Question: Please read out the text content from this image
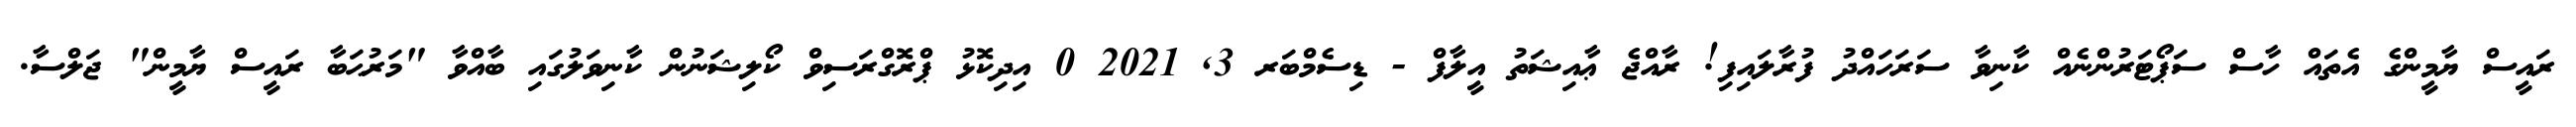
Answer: ރައީސް ޔާމީންގެ އެތައް ހާސް ސަޕޯޓަރުންނެއް ކާނިވާ ސަރަހައްދު ފުރާލައިފި! ރާއްޖެ ޢާއިޝަތު އީލާފް - ޑިސެމްބަރ 3, 2021 0 އިދިކޮޅު ޕްރޮގްރަސިވް ކޯލިޝަނުން ކާނިވަލުގައި ބާއްވާ "މަރުޙަބާ ރައީސް ޔާމީން" ޖަލްސާ.